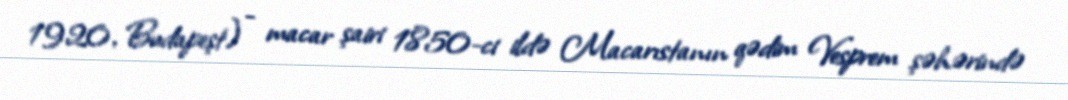
1920, Budapeşt) - macar şairi 1850-ci ildə Macarıstanın qədim Vesprem şəhərində